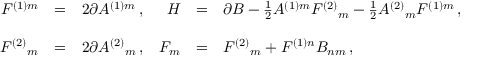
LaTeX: \begin{array} { r c l r c l } { { F ^ { ( 1 ) m } } } & { { = } } & { { 2 \partial A ^ { ( 1 ) m } \, , } } & { { H } } & { { = } } & { { \partial B - { \textstyle \frac { 1 } { 2 } } A ^ { ( 1 ) m } F ^ { ( 2 ) } { } _ { m } - { \textstyle \frac { 1 } { 2 } } A ^ { ( 2 ) } { } _ { m } F ^ { ( 1 ) m } \, , } } \\ { { } } & { { } } & { { } } & { { } } & { { } } & { { } } \\ { { F ^ { ( 2 ) } { } _ { m } } } & { { = } } & { { 2 \partial A ^ { ( 2 ) } { } _ { m } \, , } } & { { { \cal F } _ { m } } } & { { = } } & { { F ^ { ( 2 ) } { } _ { m } + F ^ { ( 1 ) n } B _ { n m } \, , } } \end{array}